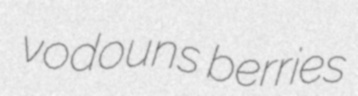
vodouns berries